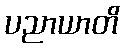
ပညာယာတိ